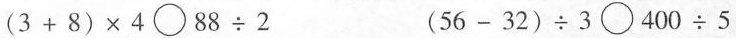
$$( 3 + 8 ) \times 4 \bigcirc 8 8 \div 2$$ $$( 5 6 - 3 2 ) \div 3 \bigcirc 4 0 0 \div 5$$